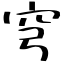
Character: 穹